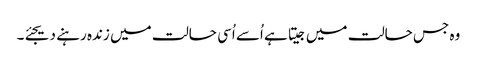
وہ جس حالت میں جیتا ہے اُسے اُسی حالت میں زندہ رہنے دیجئے۔